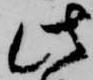
此